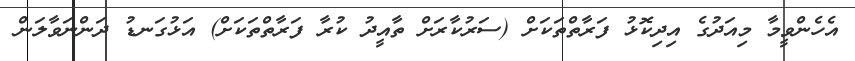
އެހެންވީމާ މިއަދުގެ އިދިކޮޅު ފަރާތްތަކަށް (ސަރުކާރަށް ތާއީދު ކުރާ ފަރާތްތަކަށް) އަޅުގަނޑު ދަންނަވާލަން